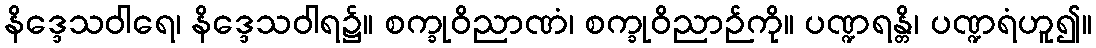
နိဒ္ဒေသဝါရေ၊ နိဒ္ဒေသဝါရ၌။ စက္ခုဝိညာဏံ၊ စက္ခုဝိညာဉ်ကို။ ပဏ္ဍရန္တိ၊ ပဏ္ဍရံဟူ၍။